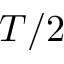
T / 2